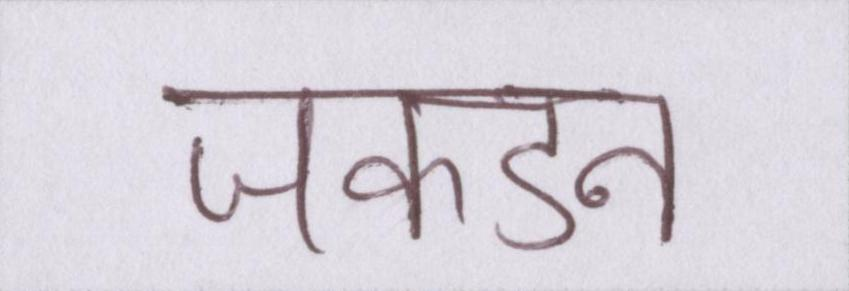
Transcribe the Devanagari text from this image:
जकडन